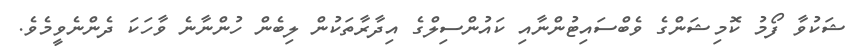
ޝަކުވާ ފޯމު ކޮމިޝަންގެ ވެބްސައިޓުންނާއި ކައުންސިލްގެ އިދާރާތަކުން ލިބެން ހުންނާނެ ވާހަކަ ދެންނެވީމެވެ.